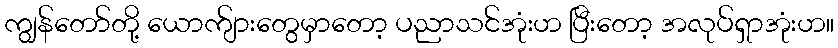
ကျွန်တော်တို့ ယောက်ျားတွေမှာတော့ ပညာသင်အုံးဟ ပြီးတော့ အလုပ်ရှာအုံးဟ။